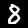
Digit: 8